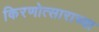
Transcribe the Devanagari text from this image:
किरणोत्साराच्या